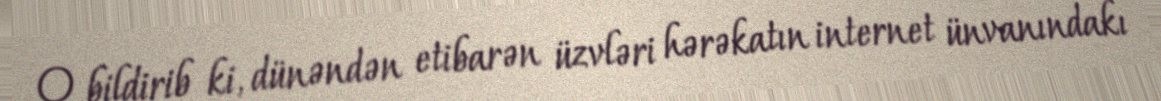
O bildirib ki, dünəndən etibarən üzvləri hərəkatın internet ünvanındakı